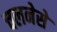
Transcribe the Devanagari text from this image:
चलनेसे